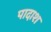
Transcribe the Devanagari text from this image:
पादाश